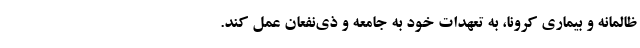
ظالمانه و بیماری کرونا، به تعهدات خود به جامعه و ذی‌نفعان عمل کند.